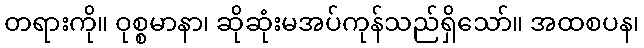
တရားကို။ ဝုစ္စမာနာ၊ ဆိုဆုံးမအပ်ကုန်သည်ရှိသော်။ အထစပန၊